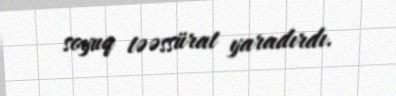
soyuq təəssürat yaradırdı.